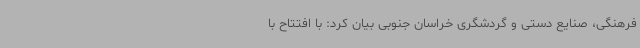
فرهنگی، صنایع دستی و گردشگری خراسان جنوبی بیان کرد: با افتتاح با